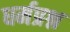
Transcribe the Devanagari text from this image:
धर्मप्रश्न